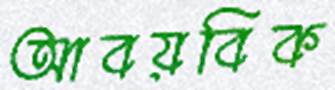
আবয়বিক